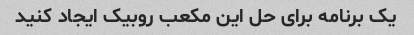
یک برنامه برای حل این مکعب روبیک ایجاد کنید